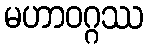
မဟာဝဂ္ဂဿ